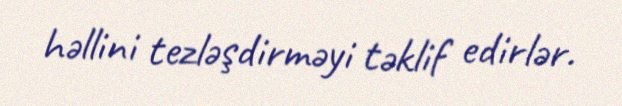
həllini tezləşdirməyi təklif edirlər.